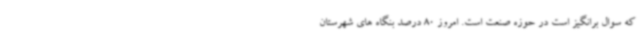
که سوال برانگیز است در حوزه صنعت است. امروز 80 درصد بنگاه های شهرستان